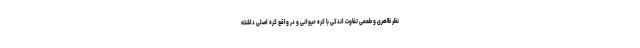
نظر ظاهری و طعمی تفاوت اندکی با کره حیوانی و در واقع کره اصلی داشته